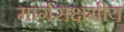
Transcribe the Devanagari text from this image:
मार्गसक्षमीय